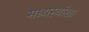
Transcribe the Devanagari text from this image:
मध्यस्थांशा